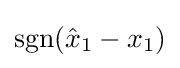
\operatorname {sgn} ({\hat {x}}_{1}-x_{1})